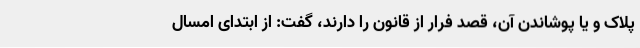
پلاک و یا پوشاندن آن، قصد فرار از قانون را دارند، گفت: از ابتدای امسال